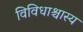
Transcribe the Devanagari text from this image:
विविधाश्चास्य